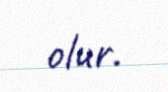
olur.